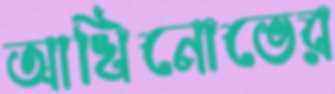
আখিনোভের